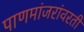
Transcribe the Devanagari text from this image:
पाणमांजरांवरती